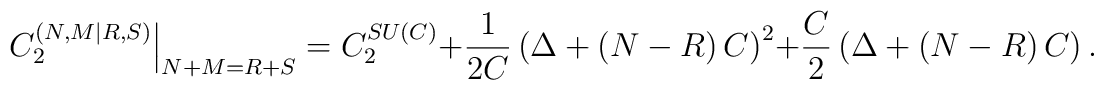
\left. C_{2}^{\left( N,M|R,S\right) }\right\vert _{N+M=R+S}=C_{2}^{SU\left(C\right) }+\frac{1}{2C}\left( \Delta+\left( N-R\right) C\right) ^{2}+\frac{C}{2}\left( \Delta+\left( N-R\right) C\right) .